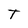
Character: T